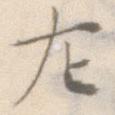
左